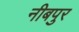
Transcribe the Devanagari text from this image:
नीबपुर